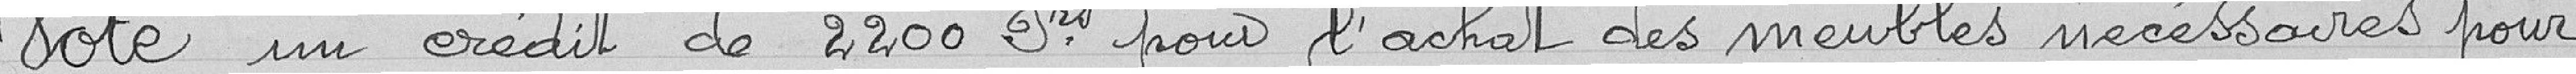
Vote un crédit de 2200 Francs pour l'achat des meubles nécessaires pour